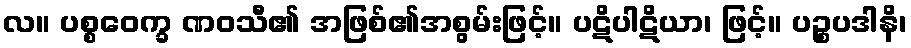
လ။ ပစ္စဝေက္ခ ဏဝသီ၏ အဖြစ်၏အစွမ်းဖြင့်။ ပဋိပါဋိယာ၊ ဖြင့်။ ပဉ္စပဒါနိ၊